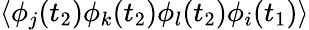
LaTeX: \langle\phi_{j}(t_{2})\phi_{k}(t_{2})\phi_{l}(t_{2})\phi_{i}(t_{1})\rangle